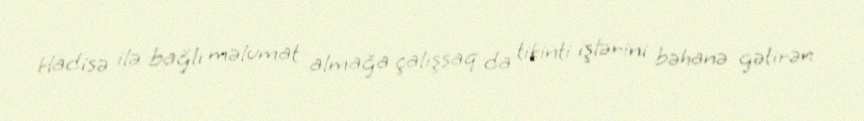
Hadisə ilə bağlı məlumat almağa çalışsaq da tikinti işlərini bəhanə gətirən